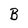
Character: B